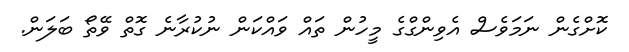
ކޮށްގެން ނަމަވެސް އެވިންގްގެ މީހުން ތައް ވައްކަން ނުކުރާނެ ގޮތް ވޭތޯ ބަލަން.